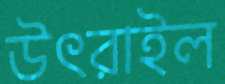
উৎরাইল